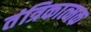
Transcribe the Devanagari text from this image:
तंत्रिकात्मक